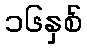
၁၆နှစ်